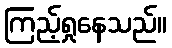
ကြည့်ရှုနေသည်။